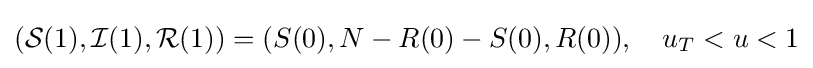
({\mathcal {S}}(1),{\mathcal {I}}(1),{\mathcal {R}}(1))=(S(0),N-R(0)-S(0),R(0)),\quad u_{T}<u<1